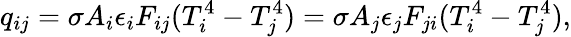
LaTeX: q_{ij}=\sigma A_{i}\epsilon_{i}F_{ij}(T_{i}^{4}-T_{j}^{4})=\sigma A_{j}\epsilon_{j}F_{ji}(T_{i}^{4}-T_{j}^{4}){,}